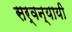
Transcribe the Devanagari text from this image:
सर्वन्यायी